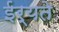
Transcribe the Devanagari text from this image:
ईर्यते